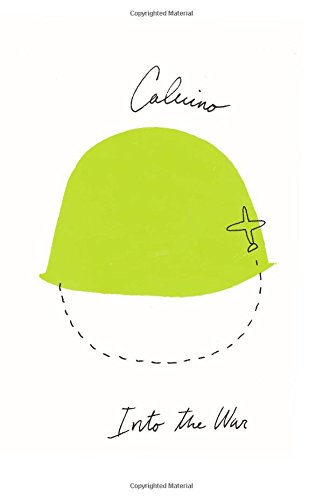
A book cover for Into the War; Italo Calvino; Literature & Fiction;